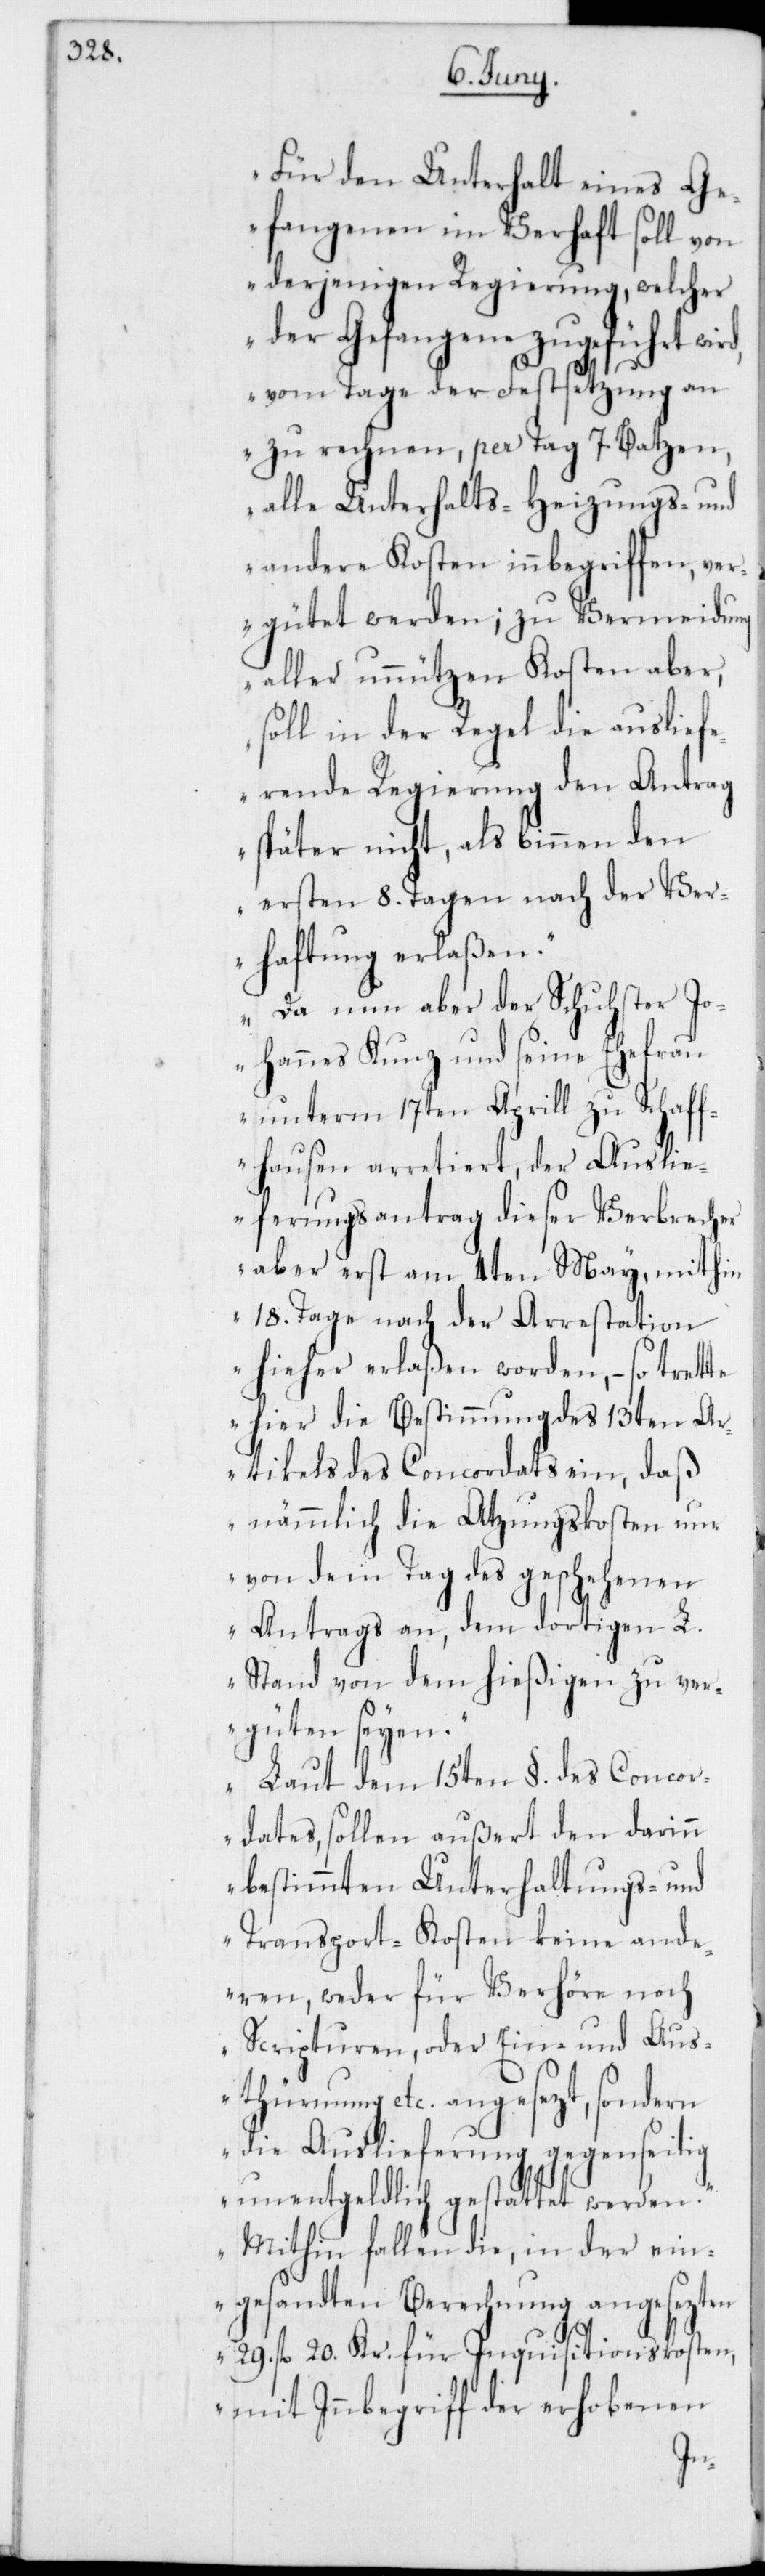
„Für den Unterhalt eines Ge¬
fangenen im Verhaft soll von
derjenigen Regierung, welcher
der Gefangene zugeführt wird,
vom Tage der Festsetzung an
zu rechnen, per Tag 7. Batzen,
alle Unterhalts-[,] Heizungs- und
andere Kosten inbegriffen, ver¬
gütet werden; zu Vermeidung
aller unnützen Kosten aber,
soll in der Regel die auslief¬
ernde Regierung den Antrag
später nicht, als binnen den
ersten 8. Tagen nach der Ver¬
haftung erlaßen.“
„Da nun aber der Schuhster Jo¬
hannes Kunz und seine Ehefrau
unterm 17ten Aprill zu Schaff¬
hausen arretiert, der Ausli¬
eferungsantrag dieser Verbrecher
aber erst am 4ten May, mithin
18. Tage nach der Arrestation
hieher erlaßen worden, – so trette
hier die Bestimmung des 13ten A¬
rtikels des Concordats ein, daß
nämmlich die Atzungskosten nur
von dem Tag des geschehenen
Antrags an, dem dortigen L.
Stand von dem hießigen zu ver¬
güten seyen.“
„Laut dem 15ten §. des Concor¬
dates, sollen außert den darinn
bestimmten Unterhaltungs- und
Transport-Kosten keine ande¬
ren, weder für Verhöre noch
Scripturen, oder Ein- und Aus¬
thürmung etc. angesezt, sondern
die Auslieferung gegenseitig
unentgeldlich gestattet werden.“
„Mithin fallen die, in der ein¬
gesandten Berechnung angesezten
29. fl. 20. Kr. für Inquisitionskosten,
mit Inbegriff der erhobenen